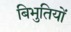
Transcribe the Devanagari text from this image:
बिभुतियों